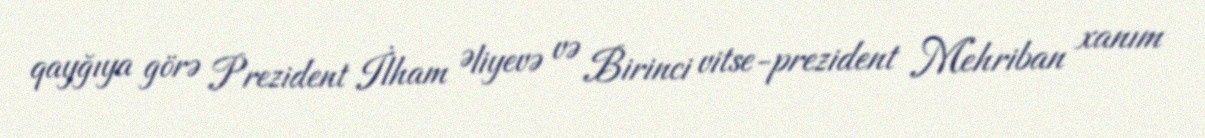
qayğıya görə Prezident İlham Əliyevə və Birinci vitse-prezident Mehriban xanım